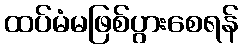
ထပ်မံမဖြစ်ပွားစေရန်